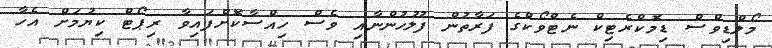
މޯލްޑިވްސް ޑިމޮކްރެޓިކް ނެޓްވޯކްގެ ފަރާތުން ފުލުހުންނާއި ވެސް ހިއްސާކޮށްފައިވާ ރިޕޯޓް ކިޔުމަށް އެހާ